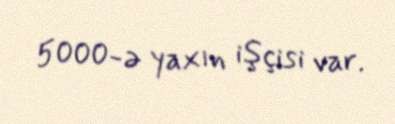
5000-ə yaxın işçisi var.